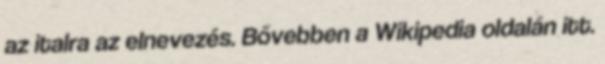
az italra az elnevezés. Bővebben a Wikipedia oldalán itt.